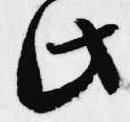
此